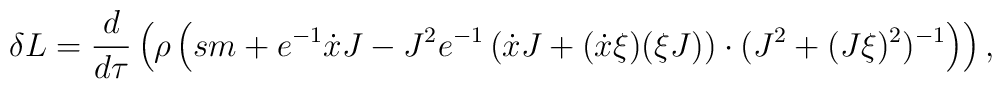
\delta L=\frac{d}{d\tau}\left(\rho\left(sm+e^{-1}\dot{x}J -J^{2}e^{-1}\left(\dot{x}J+(\dot{x}\xi)(\xi J)\right)\cdot(J^{2}+(J\xi)^{2})^{-1}\right)\right),